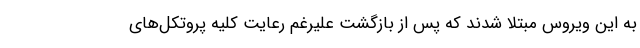
به این ویروس مبتلا شدند که پس از بازگشت علیرغم رعایت کلیه پروتکل‌های